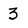
Character: 3